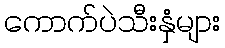
ကောက်ပဲသီးနှံများ